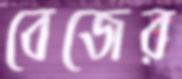
বেজের